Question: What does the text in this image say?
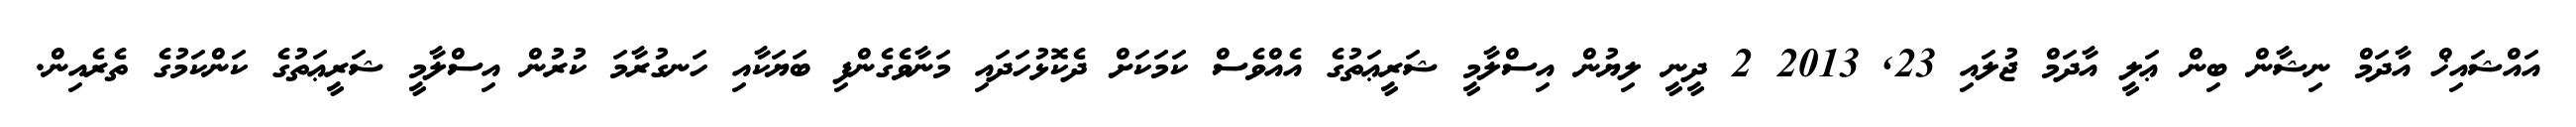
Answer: އައްޝައިޚް އާދަމް ނިޝާން ބިން ޢަލީ އާދަމް ޖުލައި 23, 2013 2 ދީނީ ލިޔުން އިސްލާމީ ޝަރީޢަތުގެ އެއްވެސް ކަމަކަށް ދެކޮޅުހަދައި މަނާވެގެންފި ބަޔަކާއި ހަނގުރާމަ ކުރުން އިސްލާމީ ޝަރީޢަތުގެ ކަންކަމުގެ ތެރެއިން.